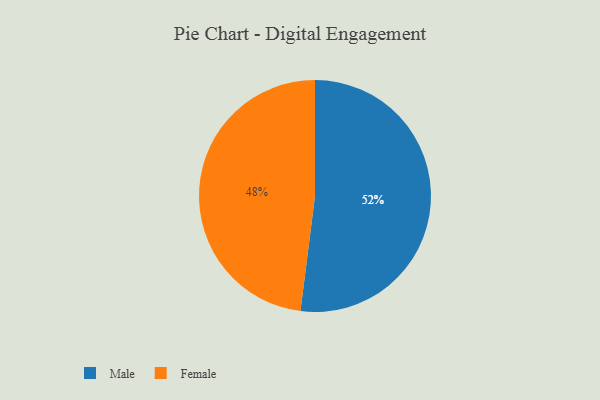
{"axis": {"x": "Category", "y": "Percentage"}, "legend": ["Female", "Male"], "data": [{"x": "Female", "y": 48, "type": "Female"}, {"x": "Male", "y": 52, "type": "Male"}]}